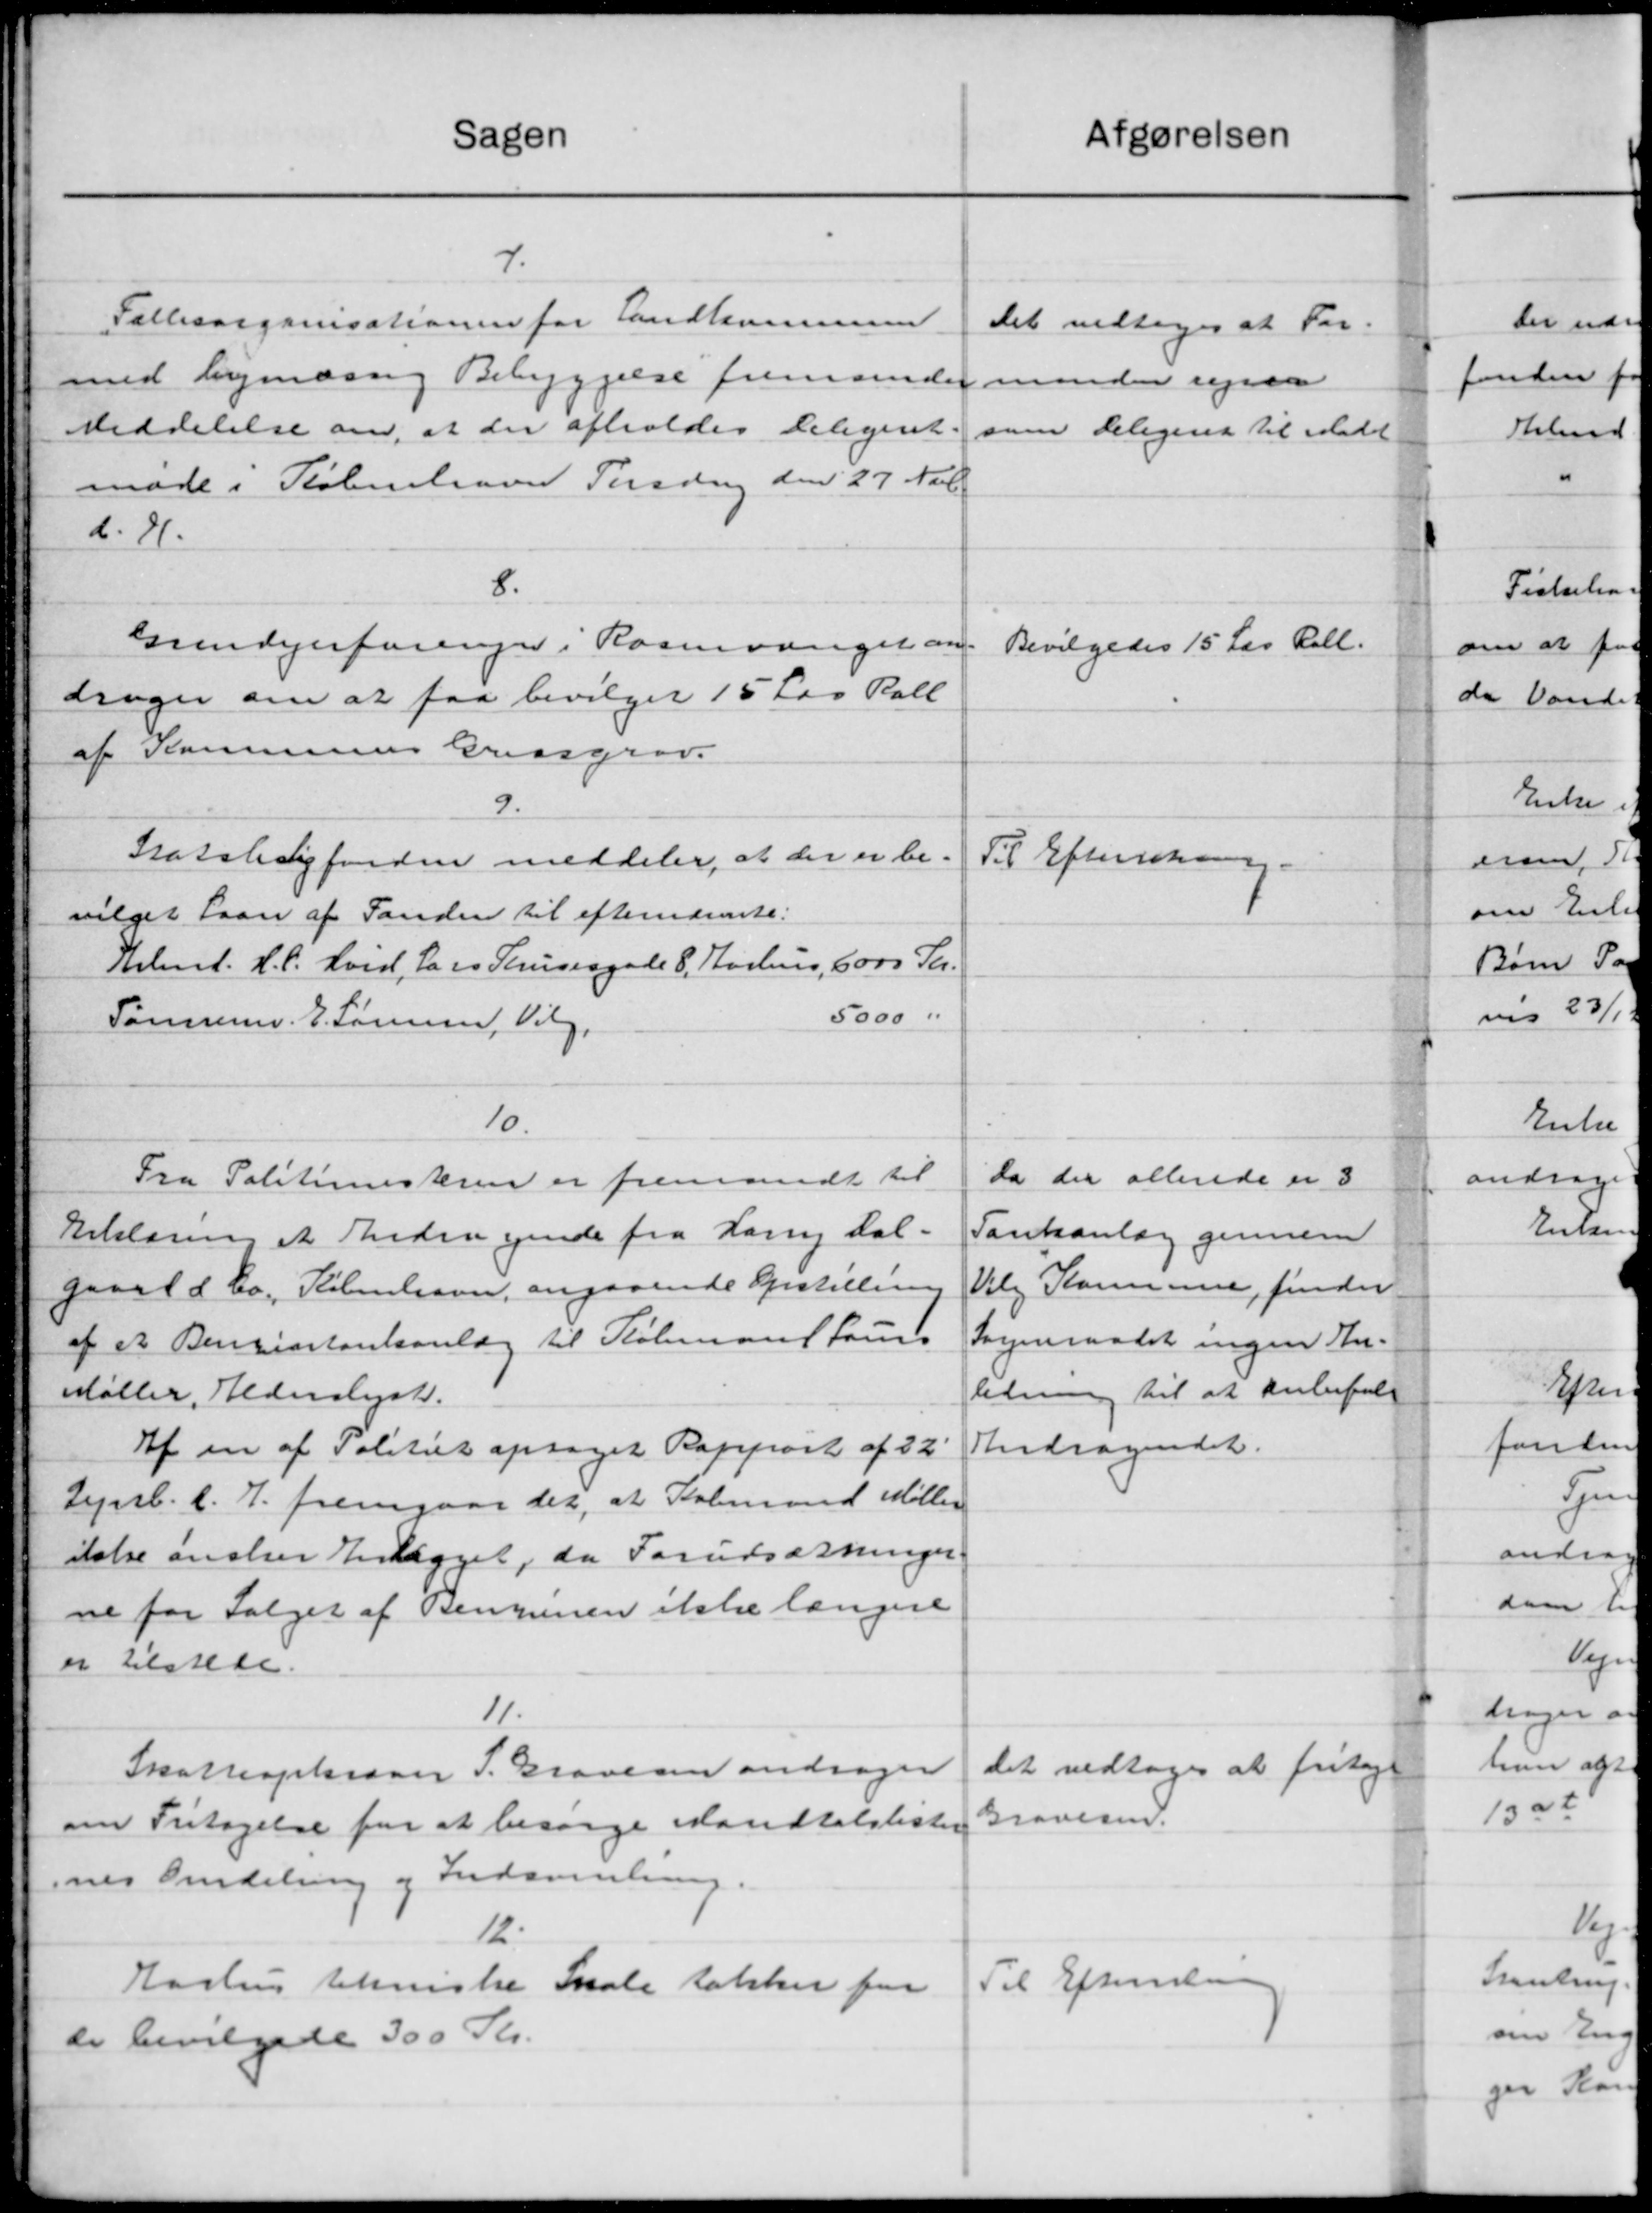
Transskription:
Sagen
7.
Fallesorganisationen for Landkommunen
med bymæssig Bebyggelse fremsender
Meddelelse om, at der afholdes Delegeret
møde i København Tirsdag den 27 Novb
d. 4.
8.
Grundejerforengen i Rosenvænget an
drager om at faa bevilget 15 Læs Rall
af Kommunes Gredsgrav.
9.
Statsbesigfonden meddeler, at der er be-
vvilget Laan af Fanden til efternæringe.
Kbmd. H. C. Hvid, Lars Thurergade 8. Aarhus, 6000 Skr.
5000 "
Tømrerm. E. Sørensen, Vil
10.
Fra Politimesteren er fremsendt til
Erklæring et Andragende fra Lanny Dal-
gaard & Co., København, angaaende Opstilling
af et Benzintankanlæg til Købmand sam
Møller, Alderslyst.
Af en af Politiet optaget Rapport af 22
Jeb. d. 7. fremgaar det, at Købmand Møller
stelse ansker Enligget, da Forudsætninger
ne for Salget af Benzinen ikke længere
er tilstede.
11.
Skatteopkræver P. Bravesen andrager
om Fritagelse for at besørge Mandtalslister
nes Omdeling og Indsamling.
12.
Aarhus tekniske Skole takker for
de bevilgede 300 Kr.